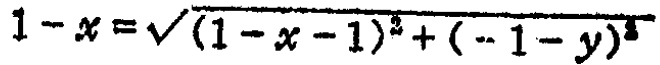
\(1 - x = \sqrt{(1 - x - 1)^2 + (- 1 - y)^2}\)